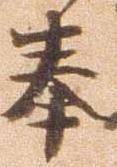
奉